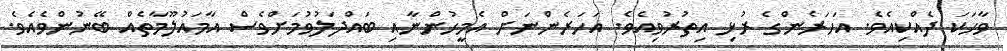
ވާހަކަ ދެއްކިއެވެ. އަހަރެންގެ ރުޅި އިތުރުވިއެވެ. އަހަރެންނަށް އެމީހުންނާއި ބައްދަލުވުމަށްވެސް އާމައުލޫމާތެއް ބޭނުންވެއެވެ.